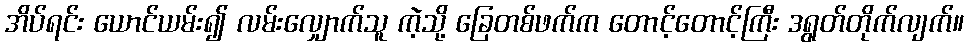
အိပ်ရင်း ယောင်ယမ်း၍ လမ်းလျှောက်သူ ကဲ့သို့ ခြေတစ်ဖက်က တောင့်တောင့်ကြီး ဒရွတ်တိုက်လျက်။